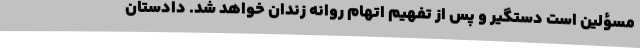
مسؤلین است دستگیر و پس از تفهیم اتهام روانه زندان خواهد شد. دادستان